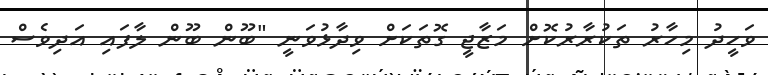
ވަހީދު މިހާރު ތަކުރާރުކޮށް މަޒާޖީ ގޮތަކަށް ވިދާޅުވަނީ "ބޫން ބޫން ލާފައި އަދިވެސް